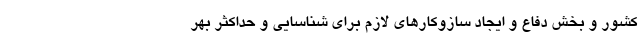
کشور و بخش دفاع و ایجاد سازوکارهای لازم برای شناسایی و حداکثر بهر